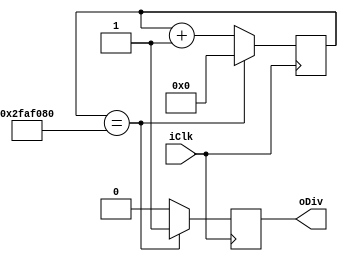
module Divisor #(parameter COUNTER = 50000000)(
	input iClk,
	output oDiv
	);
	
	
	reg rDiv_D;
	reg rDiv_Q;
	
	reg [25:0] rCount_D;
	reg [25:0] rCount_Q;
	
	assign oDiv = rDiv_Q;
	
	always @ (posedge iClk)
	begin
		rDiv_Q <= rDiv_D;
		rCount_Q <= rCount_D;
	end
	
	
	always @*
	begin
		if (rCount_Q == 26'd50000000)
		begin
			rDiv_D = 1'b1;
			rCount_D = 26'd0;
		end
		else
		begin
			rDiv_D = 1'b0;
			rCount_D = rCount_Q + 1'd1;
		end
	end
	endmodule